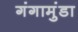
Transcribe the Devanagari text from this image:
गंगामुंडा